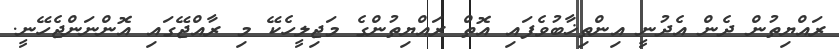
ރައްޔިތުން ދެން އެދުނީ އިންތިޚާބުވެފައި އޮތް ރައްޔިތުންގެ މަޖިލީހެކޭ މި ރާއްޖޭގައި އޮންނަންޖެހޭނީ.